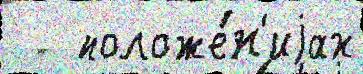
   положе́н'иjах